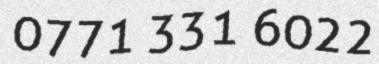
0771 331 6022